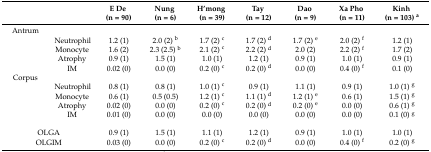
|  |  | E De (n = 90) | Nung (n = 6) | H’mong (n = 39) | Tay (n = 12) | Dao (n = 9) | Xa Pho (n = 11) | Kinh (n = 103) a |
 | --- | --- | --- | --- | --- | --- | --- | --- | --- |
 | Antrum |  |  |  |  |  |  |  |  |
 |  | Neutrophil | 1.2 (1) | 2.0 (2) b | 1.7 (2) c | 1.7 (2) d | 1.7 (2) e | 2.0 (2) f | 1.2 (1) |
 |  | Monocyte | 1.6 (2) | 2.3 (2.5) b | 2.1 (2) c | 2.2 (2) d | 2.0 (2) | 2.2 (2) f | 1.7 (2) |
 |  | Atrophy | 0.9 (1) | 1.5 (1) | 1.0 (1) | 1.2 (1) | 0.9 (1) | 1.0 (1) | 0.9 (1) |
 |  | IM | 0.02 (0) | 0.0 (0) | 0.2 (0) c | 0.2 (0) d | 0.0 (0) | 0.4 (0) f | 0.1 (0) |
 | Corpus |  |  |  |  |  |  |  |  |
 |  | Neutrophil | 0.8 (1) | 0.8 (1) | 1.0 (1) c | 0.9 (1) | 1.1 (1) | 0.9 (1) | 1.0 (1) g |
 |  | Monocyte | 0.6 (1) | 0.5 (0.5) | 1.2 (1) c | 1.1 (1) d | 1.2 (1) e | 0.6 (1) | 1.5 (1) g |
 |  | Atrophy | 0.02 (0) | 0.0 (0) | 0.2 (0) c | 0.2 (0) d | 0.2 (0) e | 0.0 (0) | 0.6 (1) g |
 |  | IM | 0.01 (0) | 0.0 (0) | 0.0 (0) | 0.0 (0) | 0.0 (0) | 0.0 (0) | 0.1 (0) g |
 | <COLSPAN=2> OLGA | 0.9 (1) | 1.5 (1) | 1.1 (1) | 1.2 (1) | 0.9 (1) | 1.0 (1) | 1.0 (1) |
 | <COLSPAN=2> OLGIM | 0.03 (0) | 0.0 (0) | 0.2 (0) c | 0.2 (0) d | 0.0 (0) | 0.4 (0) f | 0.2 (0) g |